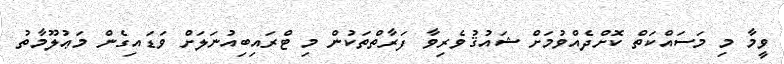
ވީމާ މި މަސައްކަތް ކޮށްދެއްވުމަށް ޝައުޤުވެރިވާ ފަރާތްތަކުން މި ޓްރައިބިއުނަލަށް ވަޑައިގެން މަޢުލޫމާތު